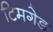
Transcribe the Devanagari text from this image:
टिमगेड